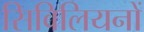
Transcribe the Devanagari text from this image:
सिविलियनों